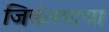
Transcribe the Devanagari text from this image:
जिकंण्याचा